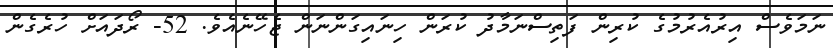
ނަމަވެސް އިރުއެރުމުގެ ކުރިން ފަތިސްނަމާދު ކުރަން ހިނައިގަންނަން ޖެހޭނެއެވެ. 52- ރޯދައަށް ހުރެގެން